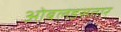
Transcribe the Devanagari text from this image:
ओबलइसतार